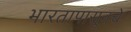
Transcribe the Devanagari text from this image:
भारतापासूनचे